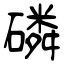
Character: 磷